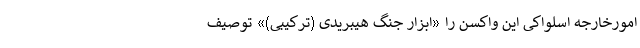
امورخارجه اسلواکی این واکسن را «ابزار جنگ هیبریدی (ترکیبی)» توصیف